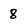
Character: 8